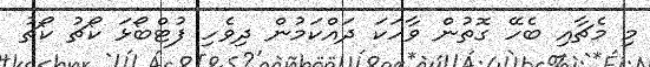
މި މެޗާއި ބެހޭ ގޮތުން ވާހަކަ ދައްކަމުން ދިވެހި ފުޓްބޯޅަ ކޯޗު ކޯޗު